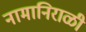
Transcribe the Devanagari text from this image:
नामानिराळी